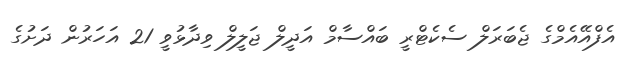
އެފްއޭއެމްގެ ޖެބަރަލް ސެކެޓްރީ ބައްސާމް އަދީލް ޖަލީލް ވިދާޅުވީ 21 އަހަރުން ދަށުގެ